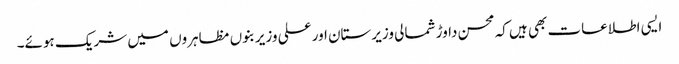
ایسی اطلاعات بھی ہیں کہ محسن داوڑ شمالی وزیرستان اور علی وزیر بنوں مظاہروں میں شریک ہوئے۔